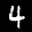
Label: 4